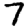
Digit: 7